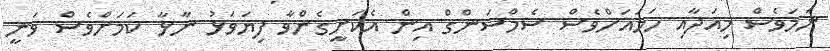
ނަމަވެސް މިއަދާއި ހަމައަށްވެސް ސެމްސަންގް އިން އެކަށީގެންވާ ފިޔަވަޅު ނާޅާ ކަމަށްވެސް ވަނީ